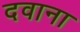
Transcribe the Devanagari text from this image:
दवाना